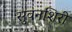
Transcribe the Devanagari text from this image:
सुवनशिरी